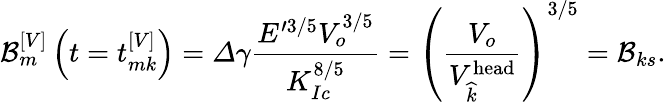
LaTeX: \mathcal{B}_{m}^{\left[V\right]}\left(t=t_{mk}^{\left[V\right]}\right)=\varDelta\gamma\frac{E^{\prime 3/5}V_{o}^{3/5}}{K_{Ic}^{8/5}}=\left(\frac{V_{o}}{V_{\widehat{k}}^{\textrm{head}}}\right)^{3/5}=\mathcal{B}_{ks}.